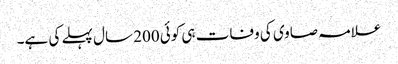
علامہ صاوی کی وفات ہی کوئی 200 سال پہلے کی ہے۔